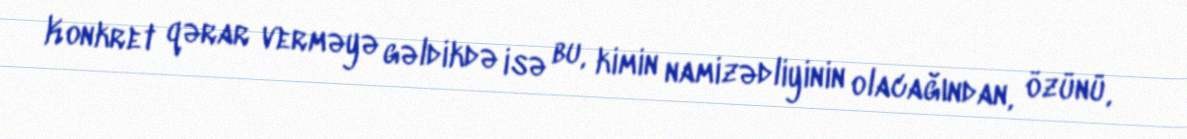
Konkret qərar verməyə gəldikdə isə bu, kimin namizədliyinin olacağından, özünü,